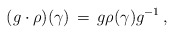
\begin{align*}(g \cdot \rho)(\gamma) \,=\, g \rho(\gamma) g^{-1}\, ,\end{align*}